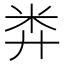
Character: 𥸭